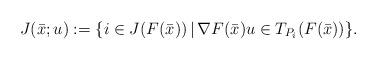
LaTeX: \begin{align*}J(\bar x;u):=\{i\in J(F(\bar x))\,|\,\nabla F(\bar x)u\in T_{P_i}(F(\bar x))\}.\end{align*}